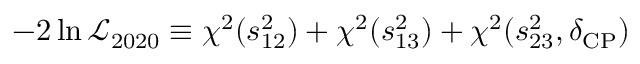
- 2 \ln \mathcal { L } _ { 2 0 2 0 } \equiv \chi ^ { 2 } ( s _ { 1 2 } ^ { 2 } ) + \chi ^ { 2 } ( s _ { 1 3 } ^ { 2 } ) + \chi ^ { 2 } ( s _ { 2 3 } ^ { 2 } , \delta _ { \mathrm { C P } } )